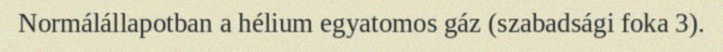
Normálállapotban a hélium egyatomos gáz (szabadsági foka 3).